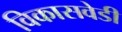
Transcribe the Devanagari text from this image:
विकासवेडी